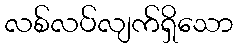
လစ်လပ်လျက်ရှိသော